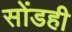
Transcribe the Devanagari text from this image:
सोंडही